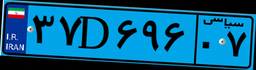
۳۷D۶۹۶۰۷